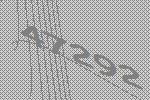
47292